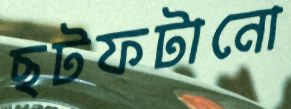
ছটফটানো